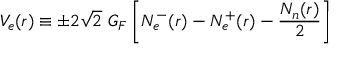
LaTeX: V _ { e } ( r ) \equiv \pm 2 \sqrt { 2 } \ G _ { F } \left[ N _ { e } ^ { - } ( r ) - N _ { e } ^ { + } ( r ) - \frac { N _ { n } ( r ) } { 2 } \right]